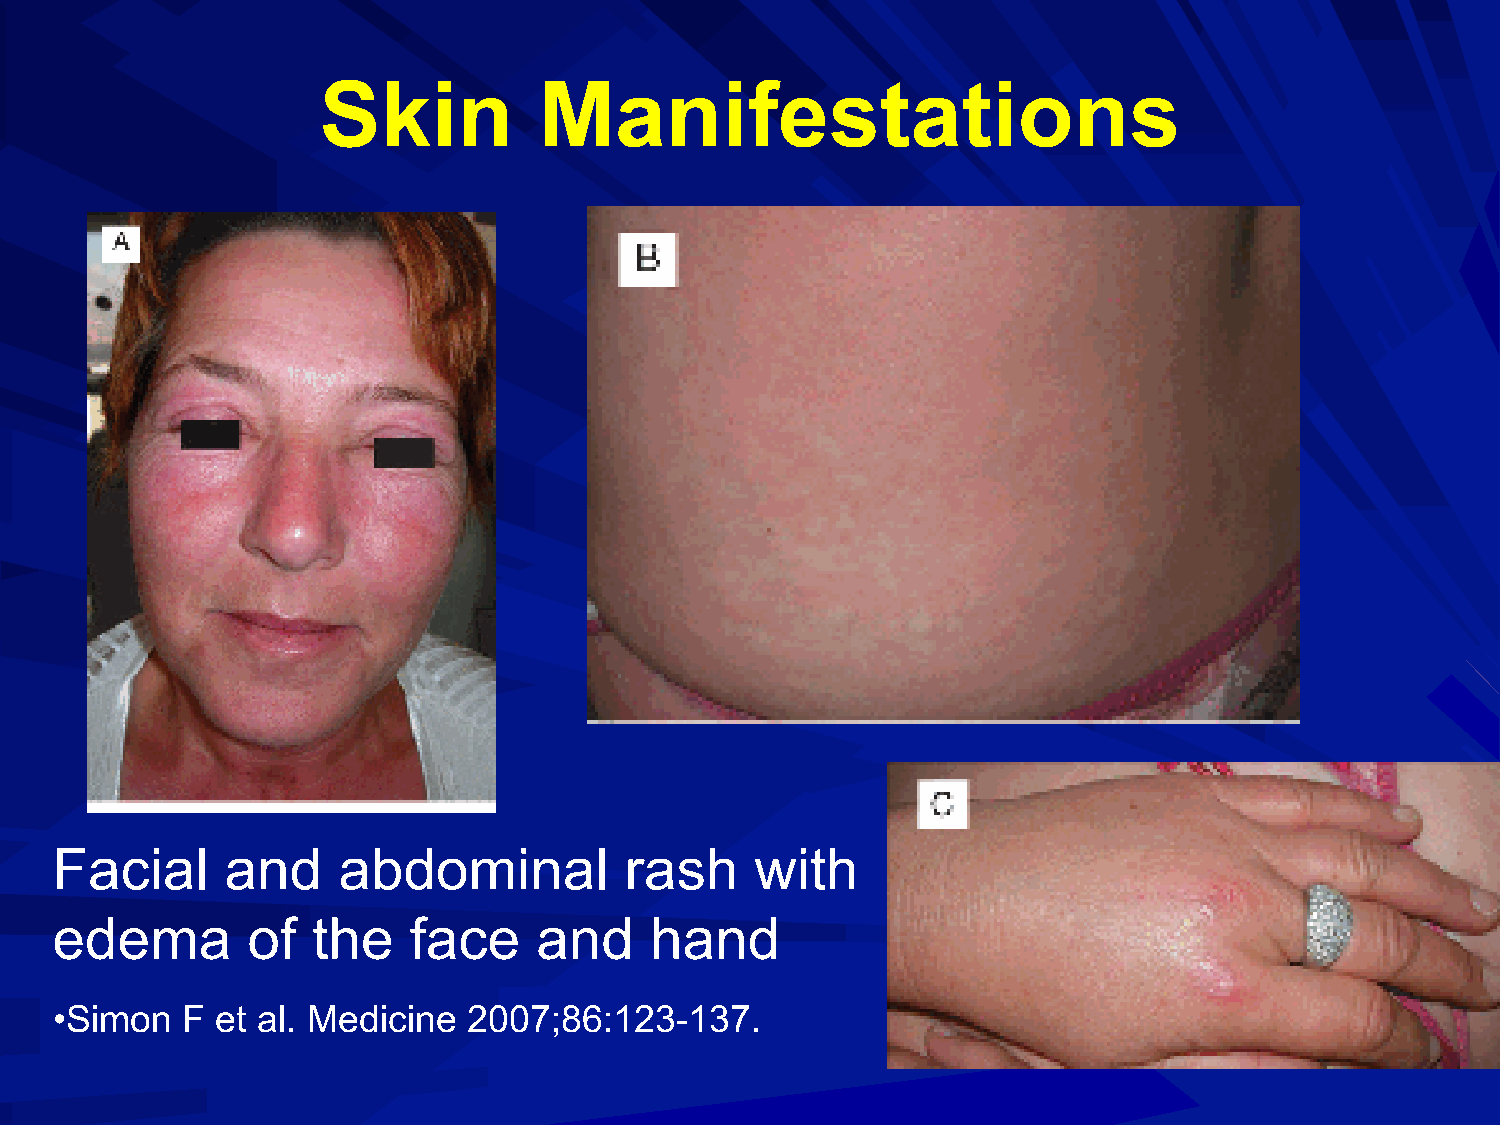
Skin           Manifestations
 Facial      and    abdominal          rash     with
 edema        of   the   face     and    hand
 •Simon   F et al. Medicine  2007;86:123-137.